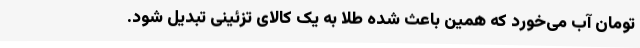
تومان آب می‌خورد که همین باعث شده طلا به یک کالای تزئینی تبدیل شود.